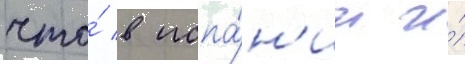
что́ в испа́н'ии и́